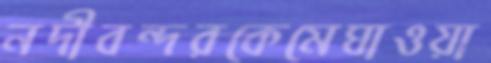
নদীবন্দরকেমেঘাওয়া